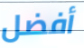
أفضل